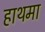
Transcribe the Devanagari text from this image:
हाथमा